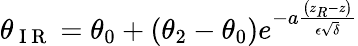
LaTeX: \theta_{\mathrm{~I~R~}}=\theta_{0}+\left(\theta_{2}-\theta_{0}\right)e^{-a\frac{\left(z_{R}-z\right)}{\epsilon\sqrt{\delta}}}